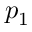
p _ { 1 }